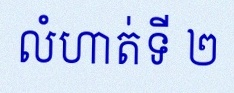
លំហាត់ទី ២